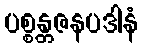
ပစ္စန္တဇနပဒါနံ